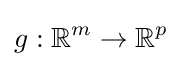
g:\mathbb {R} ^{m}\to \mathbb {R} ^{p}